Indian Civil Veterinary Department memoirs
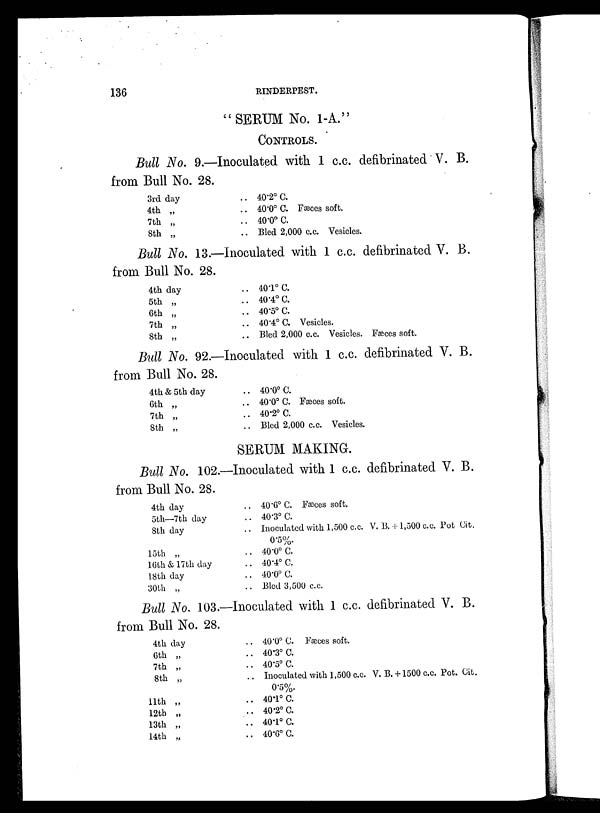
136
RINDERPEST.
"SERUM No. 1-A."
CONTROLS.
Bull No. 9.—Inoculated with 1 c.c. defibrinated Y. B.
from Bull No. 28.
3rd day
4th „
7th „
8th „
.. 40.2º C.
.. 40.0º C. Fæces soft.
.. 40.0º C.
.. Bled 2,000 c.c. Vesicles.
Bull No. 13.—Inoculated with 1 c.c. defibrinated V. B.
from Bull No. 28.
4th day
5th „
6th „
7th „
8th „
.. 40.1º C.
.. 40.4º C.
.. 40.5º C.
.. 40.4º C. Vesicles.
.. Bled 2,000 c.c. Vesicles. Fæces soft.
Bull No. 92.—Inoculated with 1 c.c. defibrinated V. B.
from Bull No. 28.
4th & 5th day
6th „
7th „
8th „
.. 40.0º C.
.. 40.0º C. Fæces soft.
.. 40.2º C.
.. Bled 2,000 c.c. Vesicles.
SERUM MAKING.
Bull No. 102.—Inoculated with 1 c.c. defibrinated V. B.
from Bull No. 28.
4th day
5th—7th day
8th day
15th „
16th & 17th day
18th day
30th „
.. 40.6º C. Fæces soft.
.. 40.3º C.
.. Inoculated with 1,500 c.c. V. B.+1,500 c.c. Pot Cit.
0.5%.
.. 40.0º C.
.. 40.4º C.
.. 40.0º C.
.. Bled 3,500 c.c.
Bull No. 103.—Inoculated with 1 c.c. defibrinated V. B.
from Bull No. 28.
4th day
6th „
7th „
8th „
11th „
12th „
13th „
14th „
.. 40.0º C. Fæces soft.
.. 40.3º C.
.. 40.5º C.
.. Inoculated with 1,500 c.c. V. B.+1500 c.c. Pot. Cit.
0.5%.
.. 40.1º C.
.. 40.2º C.
.. 40.1º C.
.. 40.6º C.